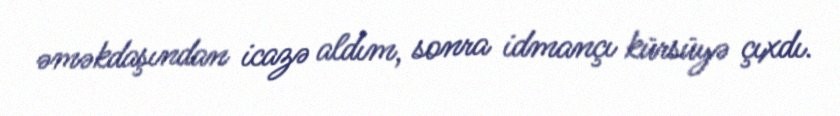
əməkdaşından icazə aldım, sonra idmançı kürsüyə çıxdı.